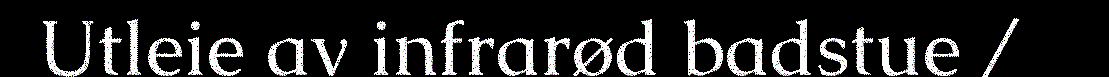
Utleie av infrarød badstue /